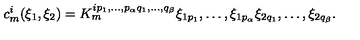
c _ { m } ^ { i } ( \xi _ { 1 } , \xi _ { 2 } ) = K _ { m } ^ { i p _ { 1 } , \ldots , p _ { \alpha } q _ { 1 } , \ldots , q _ { \beta } } \xi _ { 1 p _ { 1 } } , \ldots , \xi _ { 1 p _ { \alpha } } \xi _ { 2 q _ { 1 } } , \ldots , \xi _ { 2 q _ { \beta } } .